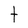
Character: t